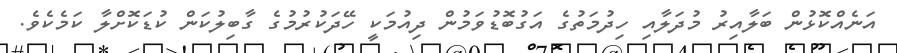
އަނެއްކޮޅުން ބަލާއިރު މުދަލާއި ހިދުމަތުގެ އަގުބޮޑުވަމުން ދިއުމަކީ ހޭދަކުރުމުގެ ގާބިލުކަން ކުޑަކޮށްލާ ކަމެކެވެ.